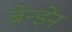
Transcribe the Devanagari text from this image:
ब्रेन्डेन